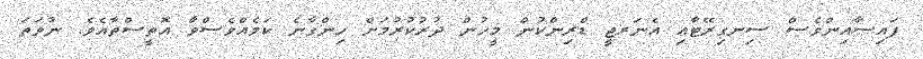
ފައިސާއިންވެސް ސިނގިރޭޓާއި އެނަރޖީ ޑްރިންކުން މީހުން ދުރުކުރުމަށް ހިންގާނެ ކަމެއްވެސްވާ އޮތީސްތާއެވެ. ނުވަތަ